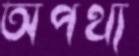
অপথ্য